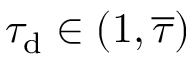
\tau _ { \mathrm { d } } \in ( 1 , \overline { { \tau } } )